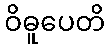
ဝိဓူပေတိ